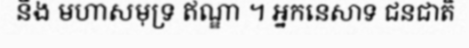
និង មហាសមុទ្រ ឥណ្ឌា ។ អ្នកនេសាទ ជនជាតិ